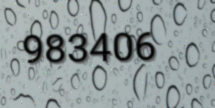
983406